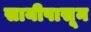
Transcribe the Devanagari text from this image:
सायीपासून